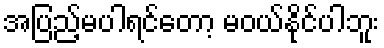
အပြည့်မပါရင်တော့ မဝယ်နိုင်ပါဘူး